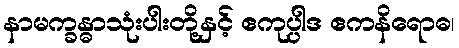
နာမက္ခန္ဓာသုံးပါးတို့နှင့် ဧကုပ္ပါဒ ဧကနိရောဓ၊